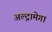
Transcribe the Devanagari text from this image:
अल्ट्रामेगा